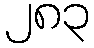
၂၈၃